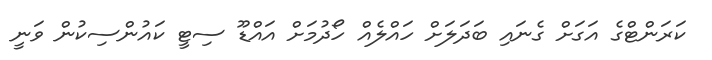
ކަރަންޓްގެ އަގަށް ގެނައި ބަދަލަށް ހައްލެއް ހޯދުމަށް އައްޑޫ ސިޓީ ކައުންސިކުން ވަނީ